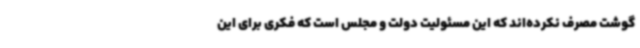
گوشت مصرف نکرده‌اند که این مسئولیت دولت و مجلس است که فکری برای این